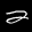
Label: 2